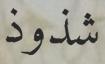
شذوذ